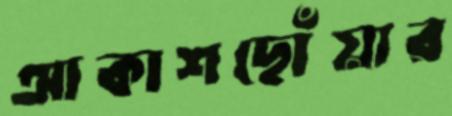
আকাশছোঁয়ার